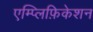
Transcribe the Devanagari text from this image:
एम्प्लिफ़िकेशन